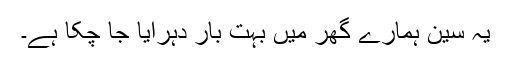
یہ سین ہمارے گھر میں بہت بار دہرایا جا چکا ہے۔